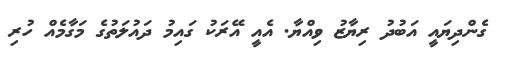
ގެންދިޔައީ އަބުދު ރިޔާޒު ވިއްޔާ. އެއީ އޭރަކު ގައިމު ދައުލަތުގެ މަގާމެއް ހުރި